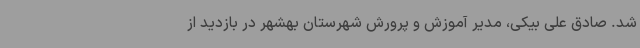
شد. صادق علی بیکی، مدیر آموزش و پرورش شهرستان بهشهر در بازدید از